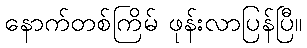
နောက်တစ်ကြိမ် ဖုန်းလာပြန်ပြီ။